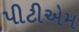
પીટીએમ